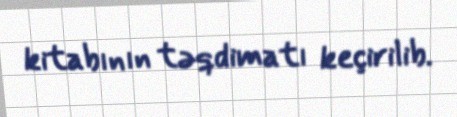
kitabının təqdimatı keçirilib.